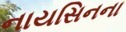
નાયસિનના